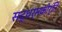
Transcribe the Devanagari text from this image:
सद्धर्मकीर्ति